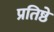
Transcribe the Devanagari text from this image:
प्रतिष्ठे